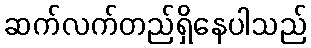
ဆက်လက်တည်ရှိနေပါသည်